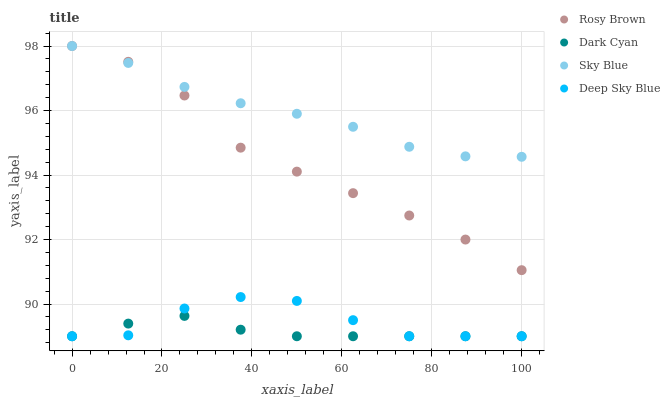
| xaxis_label | Rosy Brown | Dark Cyan | Sky Blue | Deep Sky Blue |
 | --- | --- | --- | --- | --- |
 | 0 | 98 | 89 | 98 | 89 |
 | 12.5 | 97.5 | 89.4 | 97.5 | 89 |
 | 25 | 96.5 | 89.6 | 96.7 | 89.9 |
 | 37.5 | 94.8 | 89.2 | 96.2 | 90.2 |
 | 50 | 94.1 | 89 | 95.9 | 90.1 |
 | 62.5 | 93.4 | 89 | 95.5 | 89.5 |
 | 75 | 92.7 | 89 | 94.9 | 89 |
 | 87.5 | 92 | 89 | 94.6 | 89 |
 | 100 | 91 | 89 | 94.6 | 89 |